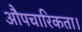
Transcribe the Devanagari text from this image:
औपचारिकता।